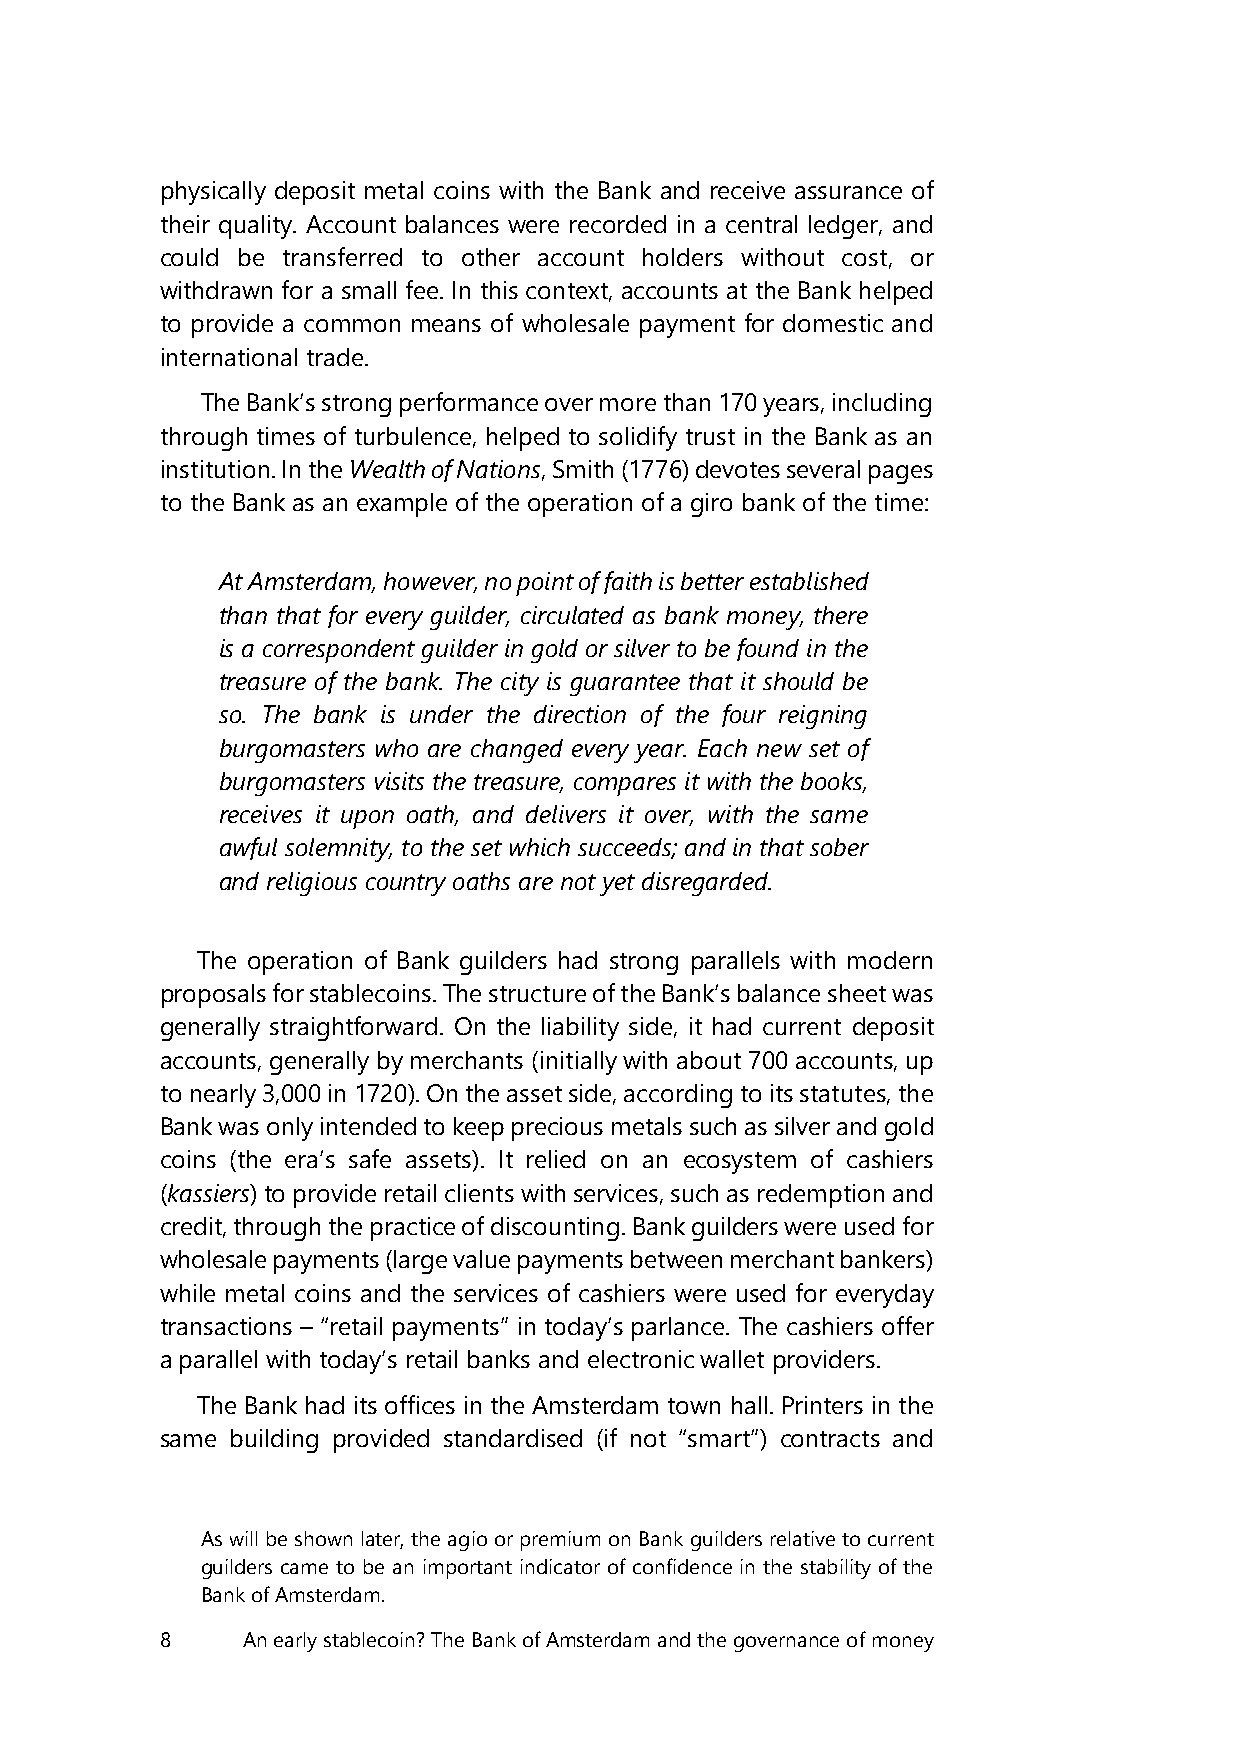
physically deposit metal coins with the Bank and receive assurance of
 their quality. Account balances were recorded in a central ledger, and
 could be transferred to other account holders without cost, or
 withdrawn for a small fee. In this context, accounts at the Bank helped
 to provide a common means of wholesale payment for domestic and
 international trade.
 The Bank’s strong performance over more than 170 years, including
 through times of turbulence, helped to solidify trust in the Bank as an
 institution. In the Wealth of Nations, Smith (1776) devotes several pages
 to the Bank as an example of the operation of a giro bank of the time:
 At Amsterdam, however, no point of faith is better established
 than that for every guilder, circulated as bank money, there
 is a correspondent guilder in gold or silver to be found in the
 treasure of the bank. The city is guarantee that it should be
 so. The bank is under the direction of the four reigning
 burgomasters who are changed every year. Each new set of
 burgomasters visits the treasure, compares it with the books,
 receives it upon oath, and delivers it over, with the same
 awful solemnity, to the set which succeeds; and in that sober
 and religious country oaths are not yet disregarded.
 The operation of Bank guilders had strong parallels with modern
 proposals for stablecoins. The structure of the Bank’s balance sheet was
 generally straightforward. On the liability side, it had current deposit
 accounts, generally by merchants (initially with about 700 accounts, up
 to nearly 3,000 in 1720). On the asset side, according to its statutes, the
 Bank was only intended to keep precious metals such as silver and gold
 coins (the era’s safe assets). It relied on an ecosystem of cashiers
 (kassiers) to provide retail clients with services, such as redemption and
 credit, through the practice of discounting. Bank guilders were used for
 wholesale payments (large value payments between merchant bankers)
 while metal coins and the services of cashiers were used for everyday
 transactions – “retail payments” in today’s parlance. The cashiers offer
 a parallel with today’s retail banks and electronic wallet providers.
 The Bank had its offices in the Amsterdam town hall. Printers in the
 same building provided standardised (if not “smart”) contracts and
 As will be shown later, the agio or premium on Bank guilders relative to current
 guilders came to be an important indicator of confidence in the stability of the
 Bank of Amsterdam.
 8    An early stablecoin? The Bank of Amsterdam and the governance of money